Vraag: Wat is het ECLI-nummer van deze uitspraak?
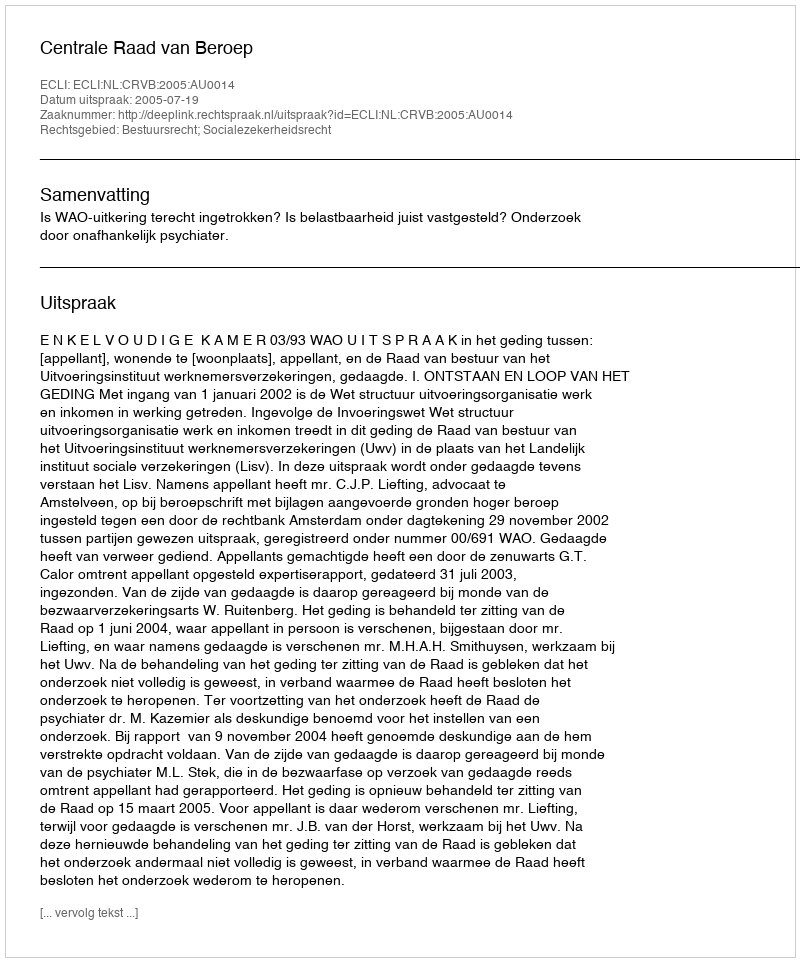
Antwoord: ECLI:NL:CRVB:2005:AU0014